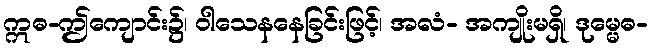
ဣဓ-ဤကျောင်း၌၊ ဝါသေနနေခြင်းဖြင့်၊ အလံ- အကျိုးမရှိ၊ ဒုမ္မေဓ-